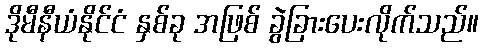
ဒိုမီနီယံနိုင်ငံ နှစ်ခု အဖြစ် ခွဲခြားပေးလိုက်သည်။